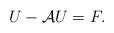
LaTeX: \begin{align*}U - \mathcal{A}U=F. \end{align*}